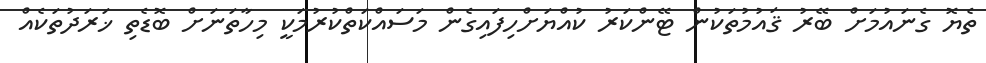
ތެޔޮ ގެނައުމަށް ބޭރު ޤައުމުތަކުން ޓޭންކަރު ކުއްޔަށްހިފައިގެން މަސައްކަތްކުރުމަކީ މިހާތަނަށް ބޮޑެތި ޚަރަދުތަކެއް